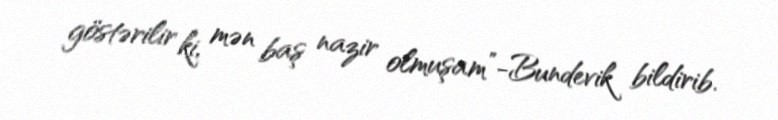
göstərilir ki, mən baş nazir olmuşam”-Bundevik bildirib.